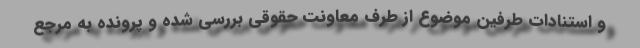
و استنادات طرفین موضوع از طرف معاونت حقوقی بررسی شده و پرونده به مرجع